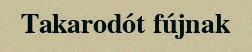
Takarodót fújnak